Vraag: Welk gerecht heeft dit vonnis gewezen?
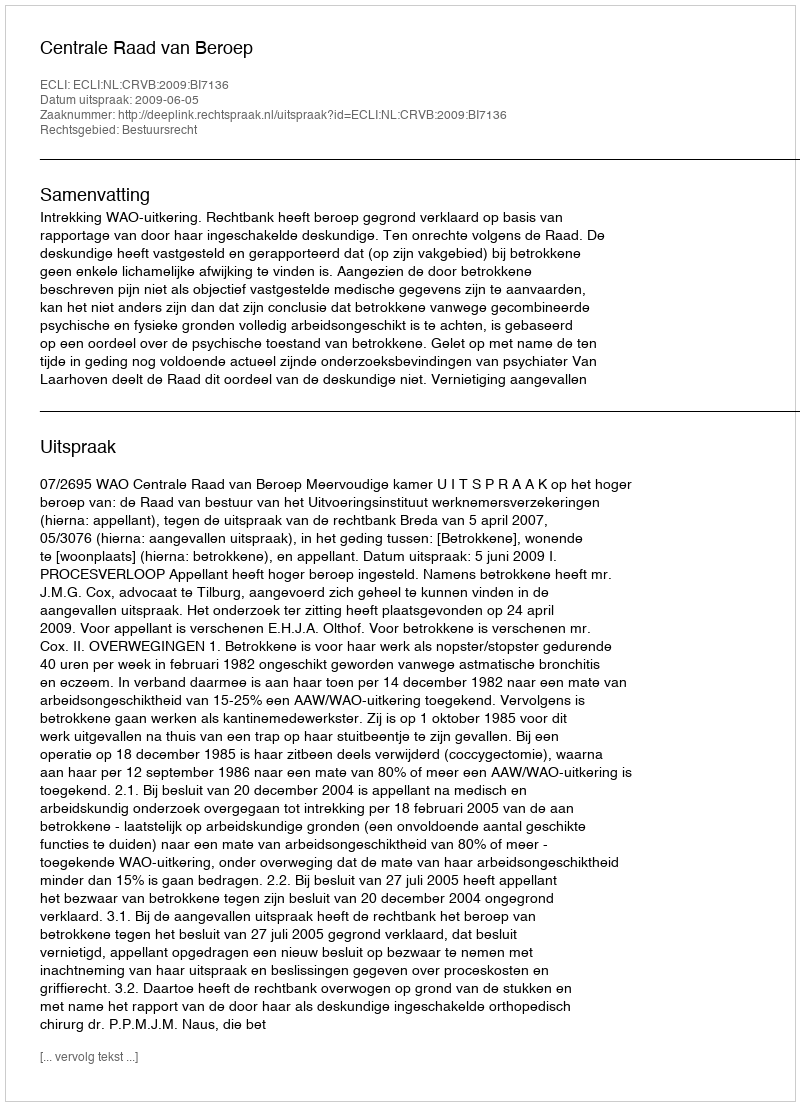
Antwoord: Centrale Raad van Beroep